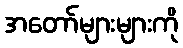
အတော်များများကို